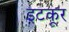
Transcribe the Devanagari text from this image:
इटकूर